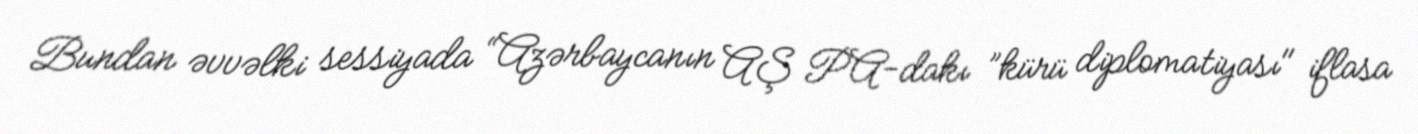
Bundan əvvəlki sessiyada “Azərbaycanın AŞ PA-dakı ”kürü diplomatiyası" iflasa